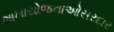
શાખાયોજનાઓસરદાર